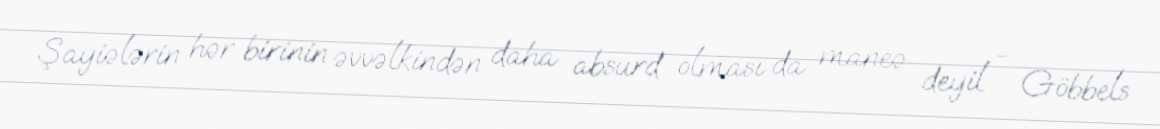
Şayiələrin hər birinin əvvəlkindən daha absurd olması da maneə deyil - Göbbels